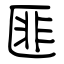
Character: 匪